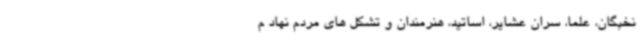
نخبگان، علما، سران عشایر، اساتید، هنرمندان و تشکل های مردم نهاد م